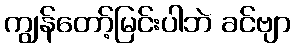
ကျွန်တော့်မြင်းပါဘဲ ခင်ဗျာ